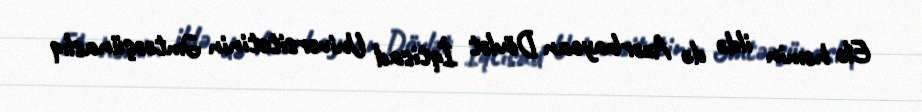
Elə həmin ildə də Azərbaycan Dövlət İqtisad Universitetinin Əmtəəşünaslıq